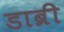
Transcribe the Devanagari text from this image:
डाब्री